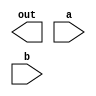
`timescale 1ns / 1ps




`define	D		0	// definition of the delay



module xorgate(out, a, b);

input a, b;
output out;

assign y = a ^ b;

endmodule